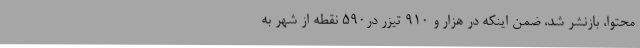
محتوا، بازنشر شد، ضمن اینکه در هزار و 910 تیزر در590 نقطه از شهر به